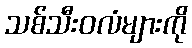
သစ်သီးဝလံများကို